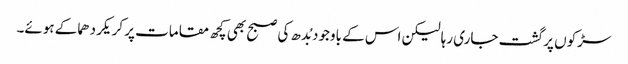
سڑکوں پر گشت جاری رہا لیکن اس کے باوجود بُدھ کی صبح بھی کچھ مقامات پر کریکر دھماکے ہوئے۔